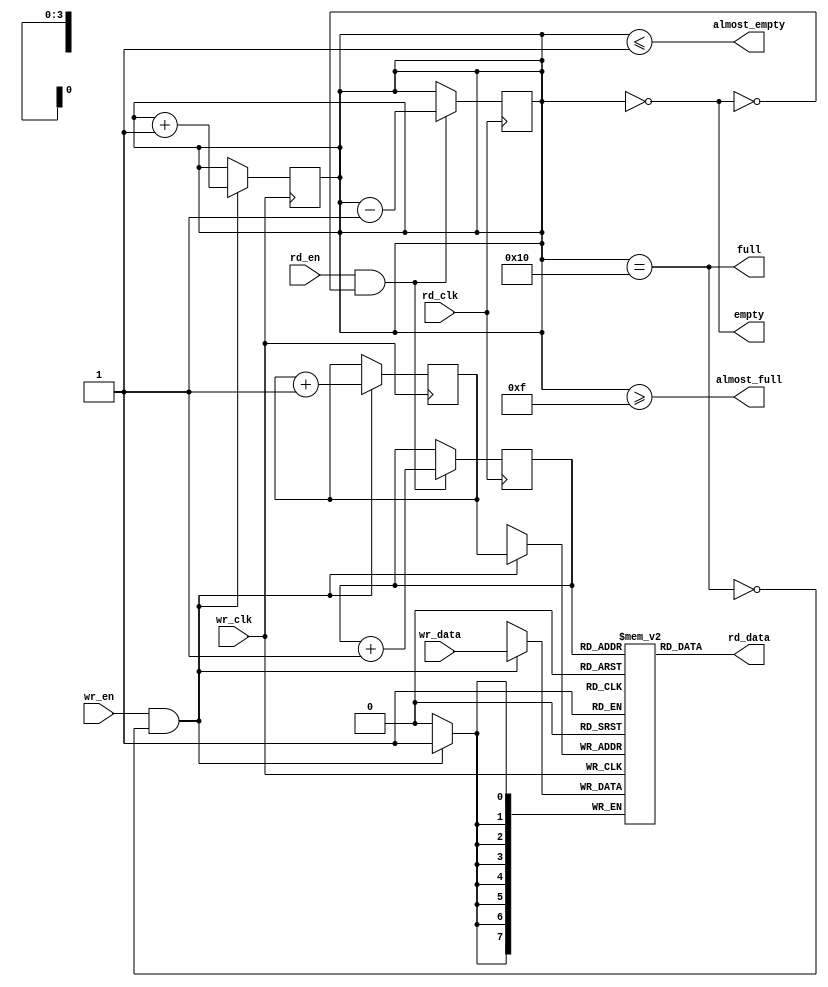
module fifo_sync #(
    parameter DATA_WIDTH = 8,
    parameter FIFO_DEPTH = 16
)(
    input wire wr_clk,              // Write clock
    input wire wr_en,               // Write enable
    input wire [DATA_WIDTH-1:0] wr_data, // Data to write
    output wire full,               // Full flag
    
    input wire rd_clk,              // Read clock
    input wire rd_en,               // Read enable
    output wire [DATA_WIDTH-1:0] rd_data, // Data read
    output wire empty,              // Empty flag
    
    output wire almost_full,        // Almost full flag
    output wire almost_empty        // Almost empty flag
);
    
    // Define the FIFO memory
    reg [DATA_WIDTH-1:0] fifo_mem [0:FIFO_DEPTH-1];
    reg [3:0] wr_ptr;               // Write pointer
    reg [3:0] rd_ptr;               // Read pointer
    reg [4:0] count;                // Number of items in FIFO

    // Write Logic
    always @(posedge wr_clk) begin
        if (wr_en && !full) begin
            fifo_mem[wr_ptr] <= wr_data; // Write data
            wr_ptr <= wr_ptr + 1;        // Increment write pointer
            count <= count + 1;          // Increment count
        end
    end

    // Read Logic
    assign rd_data = fifo_mem[rd_ptr]; // Read data

    always @(posedge rd_clk) begin
        if (rd_en && !empty) begin
            rd_ptr <= rd_ptr + 1;        // Increment read pointer
            count <= count - 1;          // Decrement count
        end
    end

    // Full and Empty Flags
    assign full = (count == FIFO_DEPTH);
    assign empty = (count == 0);
    
    // Almost Full and Almost Empty Flags
    assign almost_full = (count >= (FIFO_DEPTH - 1)); // Change threshold as needed
    assign almost_empty = (count <= 1);                // Change threshold as needed

endmodule